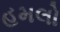
હમલો